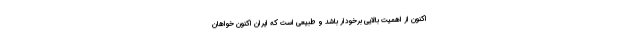
اکنون از اهمیت بالایی برخودار باشد و طبیعی است که ایران اکنون خواهان